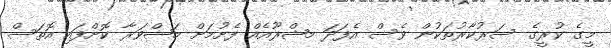
މީގެ ކުރީގެ ސަރުކާރުތަކުން ވެސް އެފަދަ މޝްރޫއެއް ފެށުމަށް މަޝްވަރާ ކޮށްފައި އޮތަސް